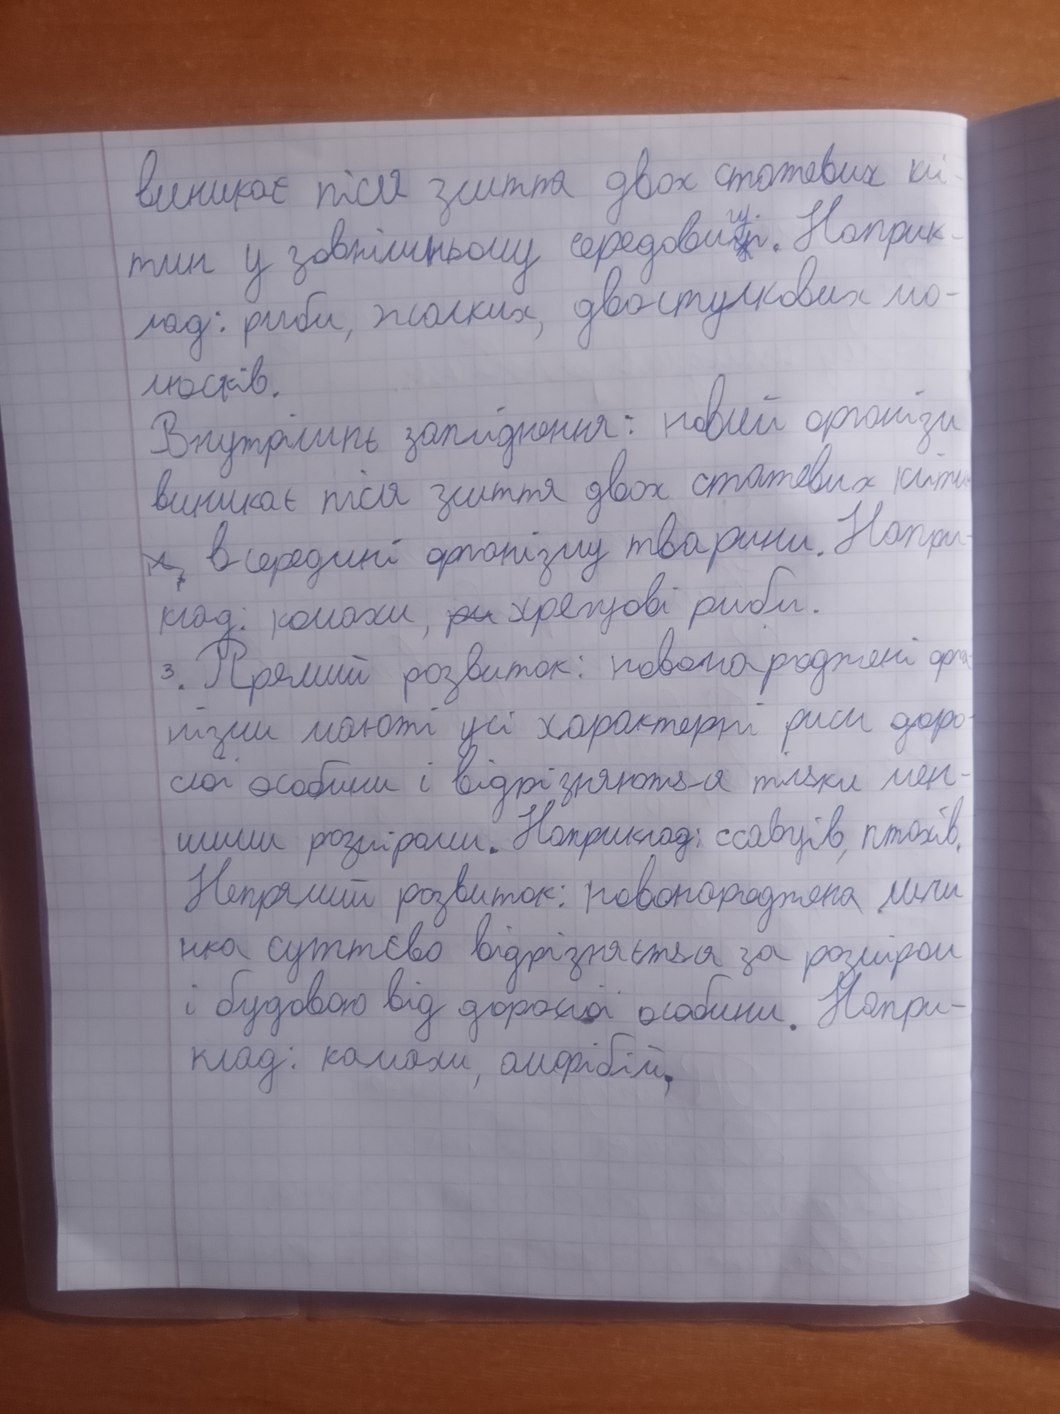
виникає після злиття двох статевих клі-
тин у зовнішньому середови~~ц~~[щ]і. Наприк-
лад: риби, жалких, двостулкових мо-
люсків.
Внутрішнє запліднення: новий організм
Виникає після злиття двох статевих кліти
~~н,~~ всередині організму тварини. Напри-
клад: комахи, ~~ри~~ хрещові риби.
3. Прямий розвиток: новонароджені орга-
нізми мають усі характерні риси доро-
слої особини і відрізняються тільки мен-
шими розмірами. Наприклад: ссавців, птахів.
Непрямий розвиток: новонароджена личи
нка суттєво відрізняється за розміром
і будовою від дорослої особини. Напри-
клад: комахи, амфібії,